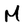
Character: M